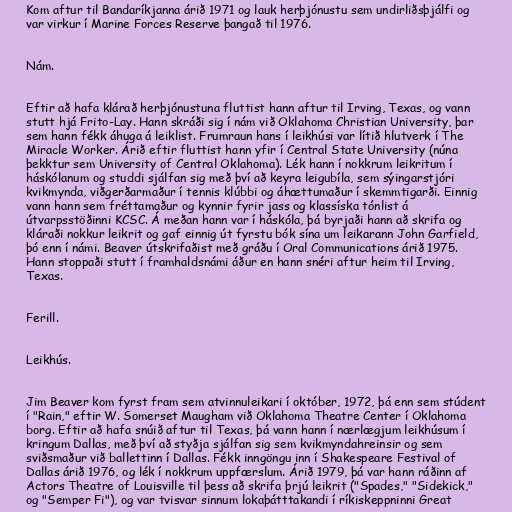
Kom aftur til Bandaríkjanna árið 1971 og lauk herþjónustu sem undirliðsþjálfi og
var virkur í Marine Forces Reserve þangað til 1976.

Nám.

Eftir að hafa klárað herþjónustuna fluttist hann aftur til Irving, Texas, og vann
stutt hjá Frito-Lay. Hann skráði sig í nám við Oklahoma Christian University, þar
sem hann fékk áhuga á leiklist. Frumraun hans í leikhúsi var lítið hlutverk í The
Miracle Worker. Árið eftir fluttist hann yfir í Central State University (núna
þekktur sem University of Central Oklahoma). Lék hann í nokkrum leikritum í
háskólanum og studdi sjálfan sig með því að keyra leigubíla, sem sýingarstjóri
kvikmynda, viðgerðarmaður í tennis klúbbi og áhættumaður í skemmtigarði. Einnig
vann hann sem fréttamaður og kynnir fyrir jass og klassíska tónlist á
útvarpsstöðinni KCSC. Á meðan hann var í háskóla, þá byrjaði hann að skrifa og
kláraði nokkur leikrit og gaf einnig út fyrstu bók sína um leikarann John Garfield,
þó enn í námi. Beaver útskrifaðist með gráðu í Oral Communications árið 1975.
Hann stoppaði stutt í framhaldsnámi áður en hann snéri aftur heim til Irving,
Texas.

Ferill.

Leikhús.

Jim Beaver kom fyrst fram sem atvinnuleikari í október, 1972, þá enn sem stúdent
í "Rain," eftir W. Somerset Maugham við Oklahoma Theatre Center í Oklahoma
borg. Eftir að hafa snúið aftur til Texas, þá vann hann í nærlægjum leikhúsum í
kringum Dallas, með því að styðja sjálfan sig sem kvikmyndahreinsir og sem
sviðsmaður við ballettinn í Dallas. Fékk inngöngu inn í Shakespeare Festival of
Dallas árið 1976, og lék í nokkrum uppfærslum. Árið 1979, þá var hann ráðinn af
Actors Theatre of Louisville til þess að skrifa þrjú leikrit ("Spades," "Sidekick,"
og "Semper Fi"), og var tvisvar sinnum lokaþátttakandi í ríkiskeppninni Great